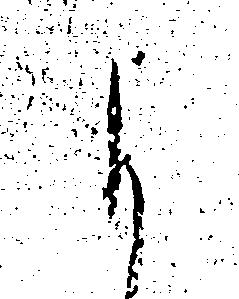
よ